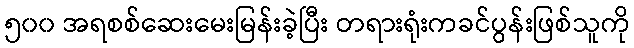
၅၀၀ အရစစ်ဆေးမေးမြန်းခဲ့ပြီး တရားရုံးကခင်ပွန်းဖြစ်သူကို